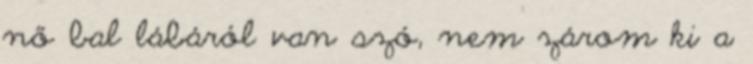
nő bal lábáról van szó, nem zárom ki a